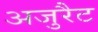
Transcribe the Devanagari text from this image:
अजुरैट